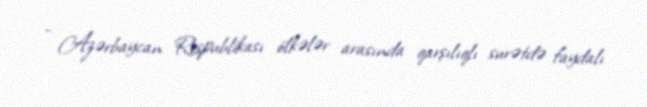
- Azərbaycan Respublikası ölkələr arasında qarşılıqlı surətdə faydalı